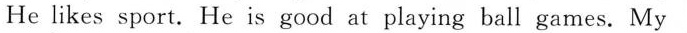
He likes sport. He is good at playing ball games. My